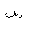
Letter: _sin